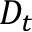
D _ { t }